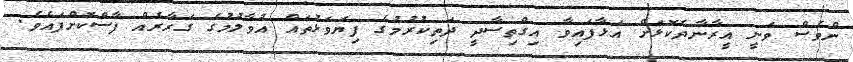
ންވެސް ވަނީ އީރާނާދެކޮޅަށް އަޅާފައިވާ އިގްތިސާދީ ދަތިކުރުމުގެ ފިޔަވަޅުތައް އުވާލުމުގެ ގަރާރެއް ފާސްކޮށްފައެވެ.